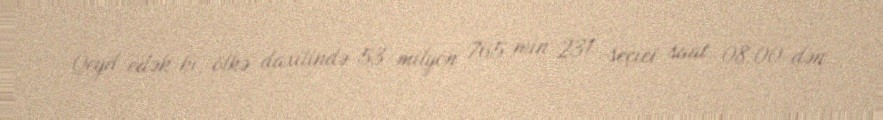
Qeyd edək ki, ölkə daxilində 53 milyon 765 min 231 seçici saat 08.00-dən